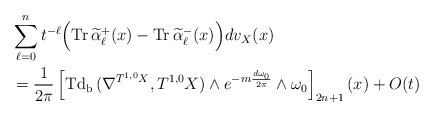
\begin{align*} &\sum^n_{\ell=0}t^{-\ell}\Bigr(\mathrm{Tr\,}\widetilde\alpha^+_\ell(x)-\mathrm{Tr\,}\widetilde\alpha^-_\ell(x)\Bigr)dv_X(x) \\&=\frac{1}{2\pi}\left[\mathrm{Td_b\,}(\nabla^{T^{1,0}X},T^{1,0}X)\wedge e^{-m\frac{d\omega_0}{2\pi}}\wedge\omega_0\right]_{2n+1}(x)+O(t)\end{align*}